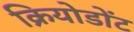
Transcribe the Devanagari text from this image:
क्रियोडोंट